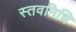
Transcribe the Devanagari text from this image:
स्तवनिधि